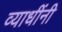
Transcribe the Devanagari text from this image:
व्याधींनी